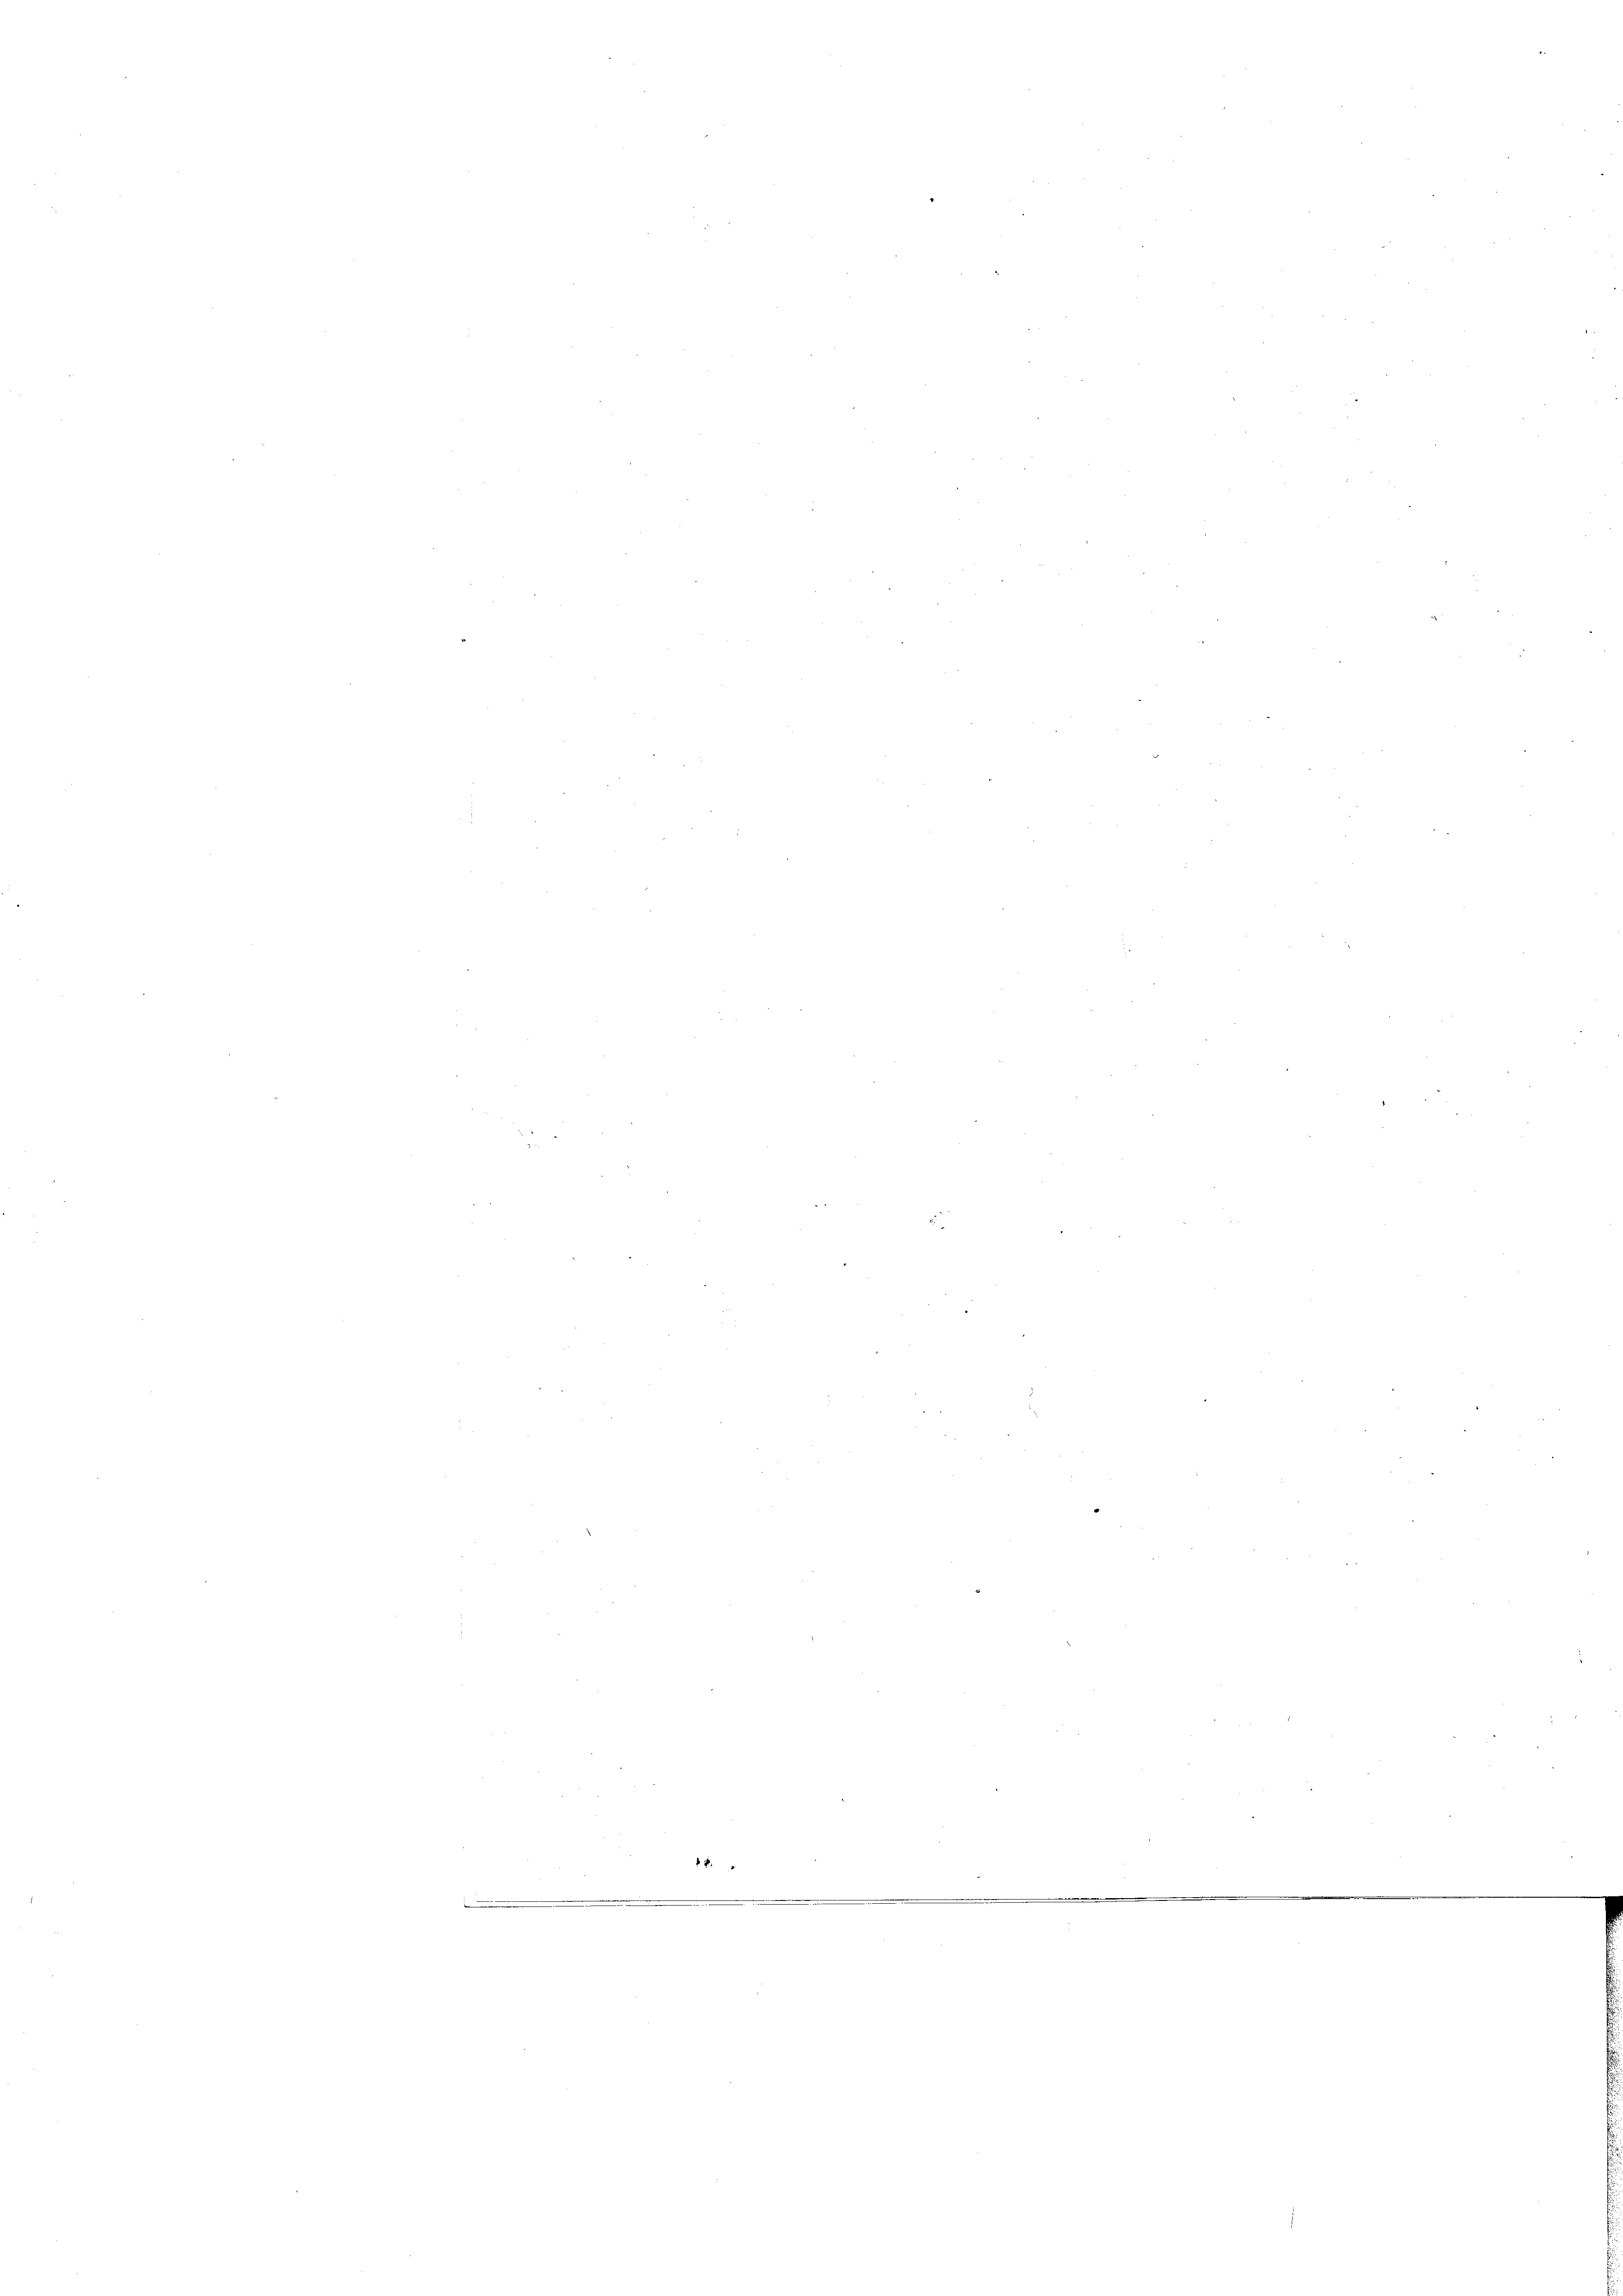
.

.

.

2

e
2

n

e

.